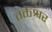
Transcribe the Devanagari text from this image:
तक्तेश्वर